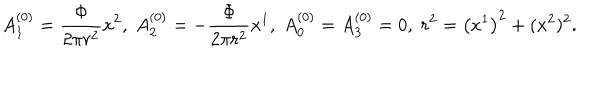
A _ { 1 } ^ { \left( 0 \right) } = { \frac { { \Phi } } { { 2 \pi r ^ { 2 } } } } x ^ { 2 } , \; A _ { 2 } ^ { \left( 0 \right) } = - { \frac { { \Phi } } { { 2 \pi r ^ { 2 } } } } x ^ { 1 } , \; A _ { 0 } ^ { \left( 0 \right) } = A _ { 3 } ^ { \left( 0 \right) } = 0 , \; r ^ { 2 } = \left( x ^ { 1 } \right) ^ { 2 } + ( x ^ { 2 } ) ^ { 2 } .